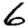
Digit: 6